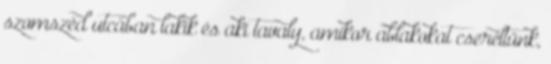
szomszéd utcában lakik és aki tavaly, amikor ablakokat cseréltünk,